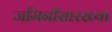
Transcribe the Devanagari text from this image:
जमिनीसारख्या